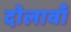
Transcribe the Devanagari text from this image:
दोलावाँ